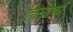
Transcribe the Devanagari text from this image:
बिन्‍दकी